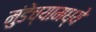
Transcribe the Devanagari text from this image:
मुंडेच्यामध्ये